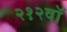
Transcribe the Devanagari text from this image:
२१२वॉ